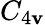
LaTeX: C_{4\mathbf{v}}